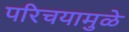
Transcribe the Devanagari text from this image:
परिचयामुळे